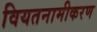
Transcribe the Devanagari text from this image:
वियतनामीकरण